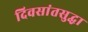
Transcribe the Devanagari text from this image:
दिवसांतसुद्धा